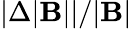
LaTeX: |\Delta|\mathbf{B}||/|\mathbf{B}|